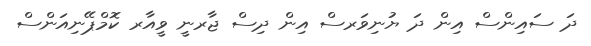
ދަ ސައިންސް އިން ދަ ޔުނިވަރސް އިން ދިސް ޖާރނީ ވީއާރ ކޮމްޕޭނިއަންސް